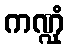
ကဏ္ဍုံ